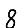
Digit: 8